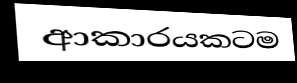
ආකාරයකටම